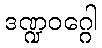
ဒဏ္ဍဝဂ္ဂေါ